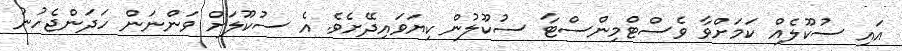
އައި ސުކޫލެއް ކަމަށްވާ ވެސްޓްމިންސްޓާ ސުކޫލުން ކިޔަވައިދޭށެވެ. އެ ސުކޫލަށް ވަންނަން ހަދަންޖެހުނު